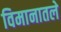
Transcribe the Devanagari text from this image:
विमानातले